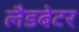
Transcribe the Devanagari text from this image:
लैडबेटर